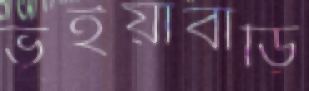
ভূঁইয়াবাড়ি